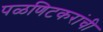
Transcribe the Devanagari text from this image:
पळणिटकरांची